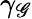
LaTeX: \gamma_{\mathscr{G}}